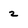
Character: 2